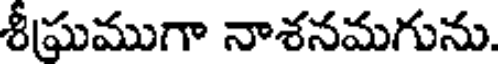
శీఘ్రముగా నాశనమగును.